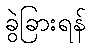
ခွဲခြားရန်